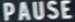
PAUSE